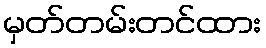
မှတ်တမ်းတင်ထား